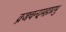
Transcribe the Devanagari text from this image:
व्रजचन्दमहाप्रभु